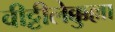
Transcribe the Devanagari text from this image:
वीट्टीलेक्कुल्ला